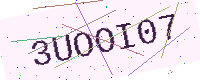
Text: 3UOOI07